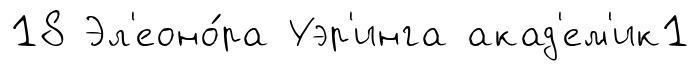
18 Эл'еоно́ра Уэр'инга акад'ем'ик1